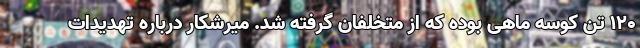
۱۲۰ تن کوسه ماهی بوده که از متخلفان گرفته شد. میرشکار درباره تهدیدات